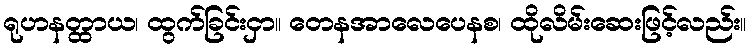
ရုဟနတ္ထာယ၊ ထွက်ခြင်းငှာ။ တေနအာလေပေနစ၊ ထိုလိမ်းဆေးဖြင့်လည်း။